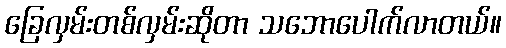
ခြေလှမ်းတစ်လှမ်းဆိုတာ သဘောပေါက်လာတယ်။